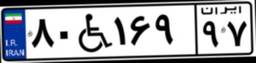
۸۵W۰۸۰۷۲